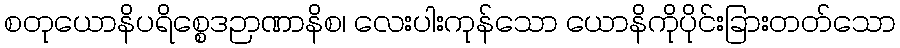
စတုယောနိပရိစ္စေဒဉာဏာနိစ၊ လေးပါးကုန်သော ယောနိကိုပိုင်းခြားတတ်သော